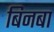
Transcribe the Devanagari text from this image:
बिनबा